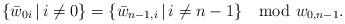
LaTeX: \begin{align*} \{\bar w_{0i} \,|\, i\neq 0\} =\{\bar w_{n-1, i}\,|\, i\neq n-1\} \mod w_{0,n-1}.\end{align*}